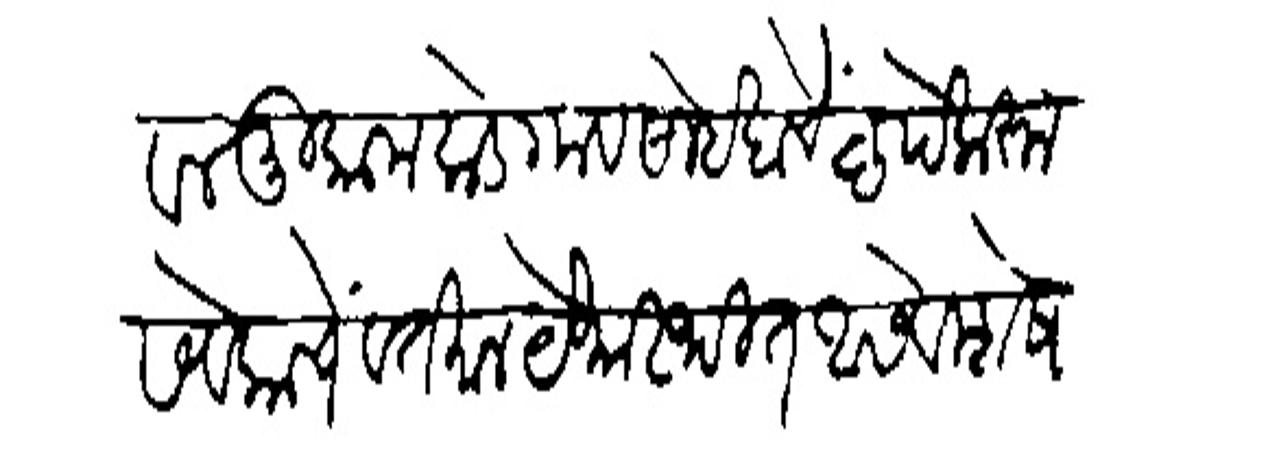
Transliteration (Devanagari): रबिलौबल मुकाम केडगाव साहेबाचें कृपे करुन सेवकाचें वर्तमान येथास्थित आसे विशेष